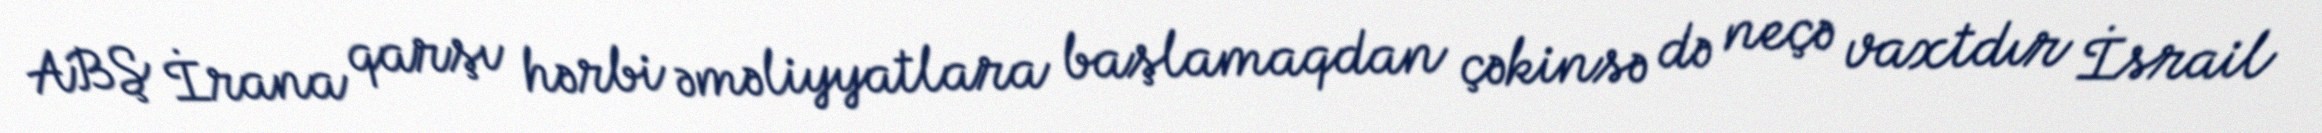
ABŞ İrana qarşı hərbi əməliyyatlara başlamaqdan çəkinsə də neçə vaxtdır İsrail